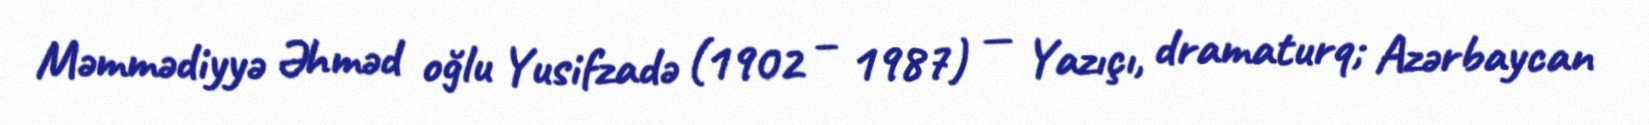
Məmmədiyyə Əhməd oğlu Yusifzadə (1902 – 1987) — Yazıçı, dramaturq; Azərbaycan